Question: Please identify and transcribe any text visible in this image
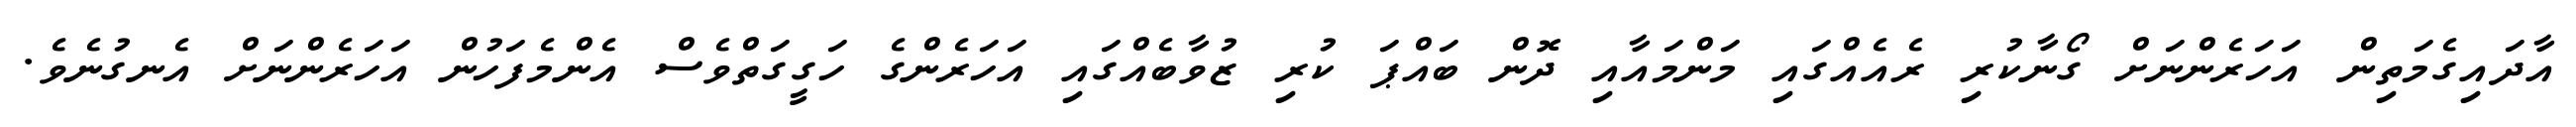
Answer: އާދައިގެމަތިން އަހަރެންނަށް ގޯނާކުރި ރެއެއްގައި މަންމައާއި ދޮން ބައްޕަ ކުރި ޒުވާބެއްގައި އަހަރެންގެ ހަގީގަތްވެސް އެންމެފަހުން އަހަރެންނަށް އެނގުނެވެ.